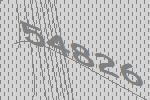
54826